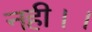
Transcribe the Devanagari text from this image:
नही।।